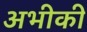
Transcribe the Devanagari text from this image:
अभीकी